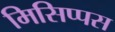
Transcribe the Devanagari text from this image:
मिसिप्पस